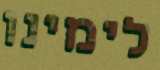
לימינו